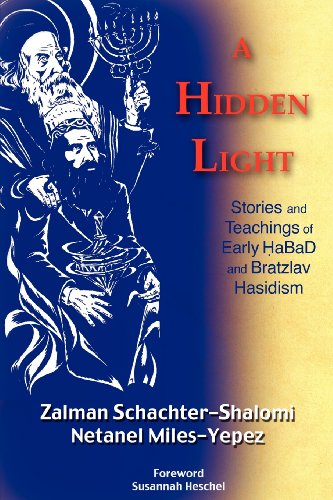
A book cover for A Hidden Light: Stories and Teachings of Early Habad and Bratzlav Hasidism; Zalman M. Schachter-Shalomi; Religion & Spirituality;